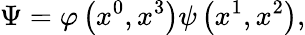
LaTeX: \Psi=\varphi\left(x^{0},x^{3}\right)\psi\left(x^{1},x^{2}\right),